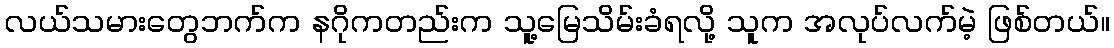
လယ်သမားတွေဘက်က နဂိုကတည်းက သူ့မြေသိမ်းခံရလို့ သူက အလုပ်လက်မဲ့ ဖြစ်တယ်။